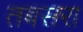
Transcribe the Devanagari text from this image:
तबसरा